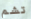
تشم